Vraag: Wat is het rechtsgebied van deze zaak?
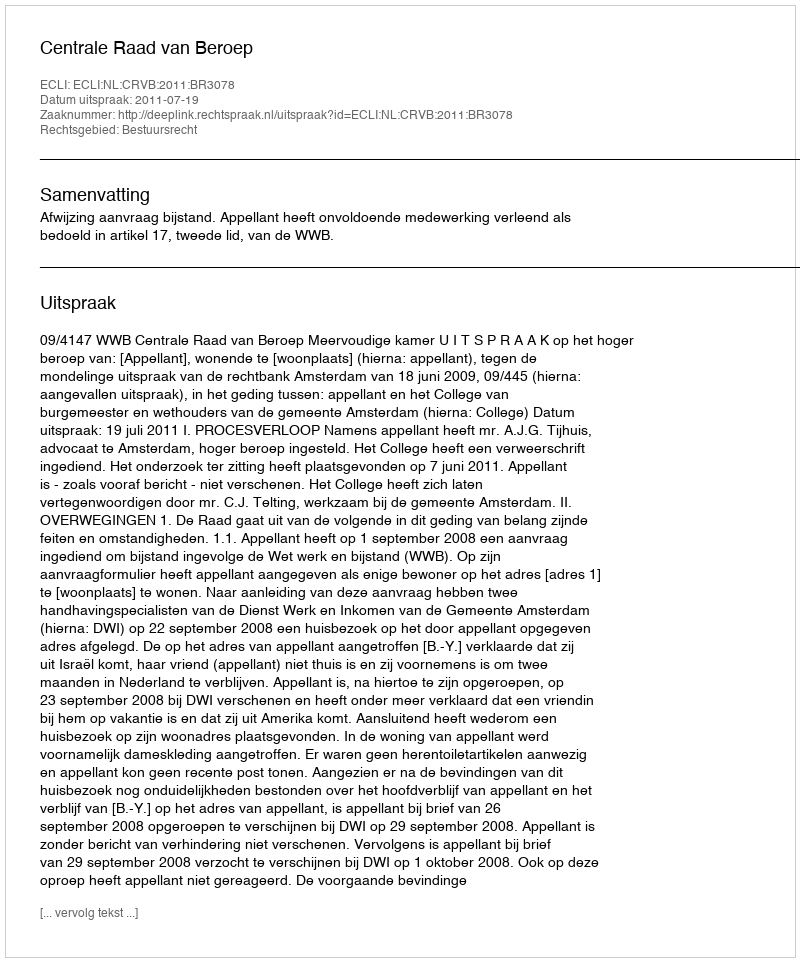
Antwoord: Bestuursrecht